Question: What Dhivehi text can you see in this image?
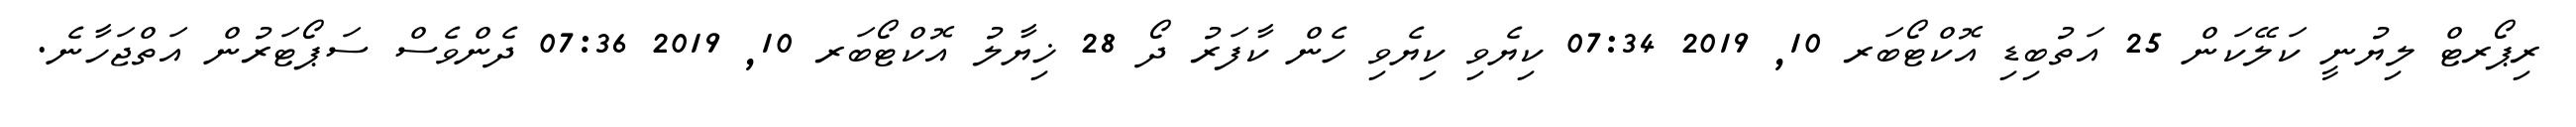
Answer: ރިޕޯރޓް ލިޔުނީ ކަލޭކަން 25 އަތުބިޑި އޮކްޓޯބަރ 10, 2019 07:34 ކިޔެވި ކިޔެވި ހެން ކާފަރު ދޯ 28 ޚިޔާލު އޮކްޓޯބަރ 10, 2019 07:36 ދެންވެސް ސަޕޯޓަރުން އަތްޖަހާނެ.